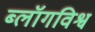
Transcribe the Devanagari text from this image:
ब्लॉगविश्व